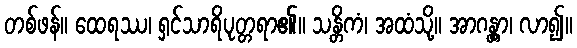
တစ်ဖန်။ ထေရဿ၊ ရှင်သာရိပုတ္တရာ၏။ သန္တိကံ၊ အထံသို့။ အာဂန္တွာ၊ လာ၍။